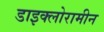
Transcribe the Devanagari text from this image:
डाइक्लोरामीन